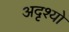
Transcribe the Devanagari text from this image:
अदृश्यो